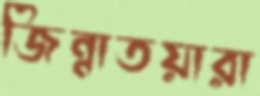
জিন্নাতয়ারা